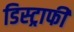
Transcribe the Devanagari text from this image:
डिस्ट्राफी